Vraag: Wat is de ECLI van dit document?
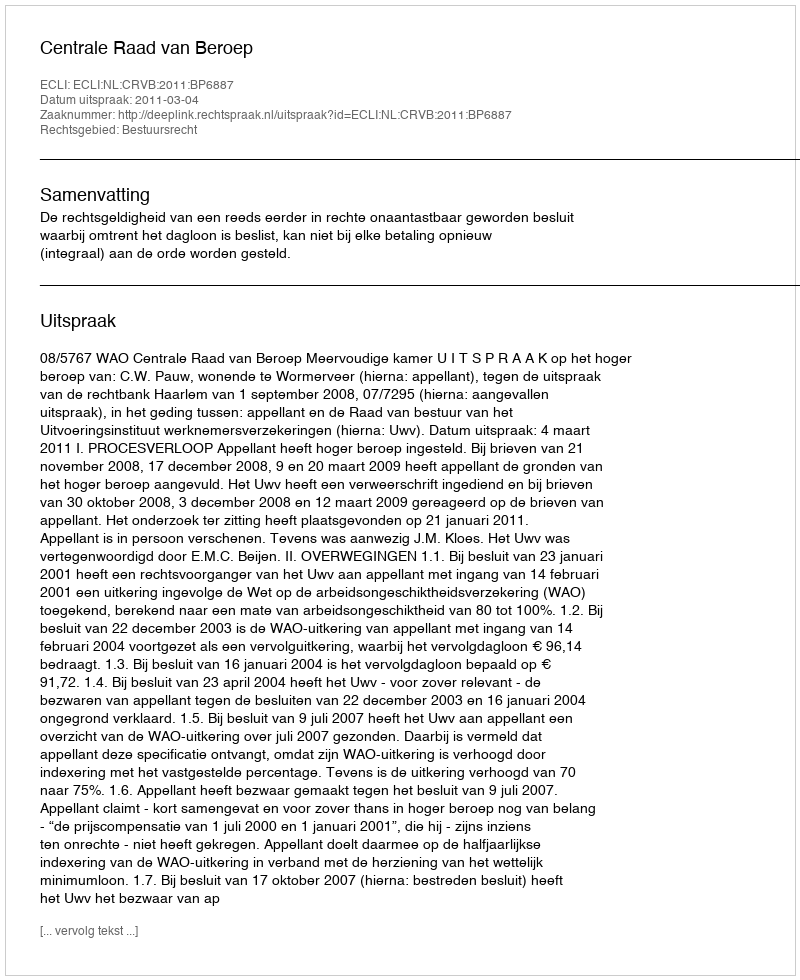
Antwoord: ECLI:NL:CRVB:2011:BP6887